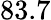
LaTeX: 83.7